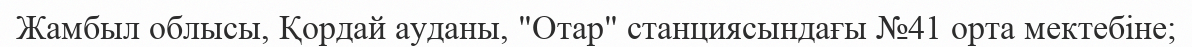
Жамбыл облысы, Қордай ауданы, "Отар" станциясындағы №41 орта мектебіне;